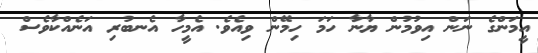
އީމަންގެ ނަން އިވުމުން ޔާނާ ހަމަ ހިމޭން ވިއެވެ. އެމީހާ އެނބުރި އަނެއްކާވެސް